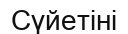
Сүйетіні